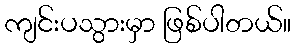
ကျင်းပသွားမှာ ဖြစ်ပါတယ်။